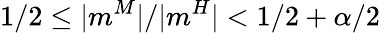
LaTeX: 1/2\le|m^{M}|/|m^{H}|<1/2+\alpha/2